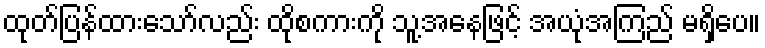
ထုတ်ပြန်ထားသော်လည်း ထိုစကားကို သူ့အနေဖြင့် အယုံအကြည် မရှိပေ။